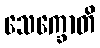
သေက္ခောတိ